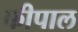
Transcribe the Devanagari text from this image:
कीपाल